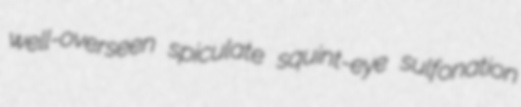
well-overseen spiculate squint-eye sulfonation